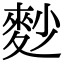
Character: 麨